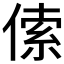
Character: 𠋲